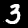
Label: 3